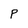
Character: P